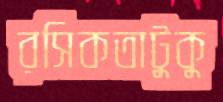
রসিকতাটুকু